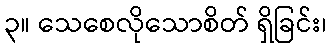
၃။ သေစေလိုသောစိတ် ရှိခြင်း၊